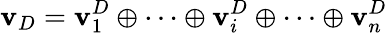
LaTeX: \mathbf{v}_{D}=\mathbf{v}_{1}^{D}\oplus\cdots\oplus\mathbf{v}_{i}^{D}\oplus\cdots\oplus\mathbf{v}_{n}^{D}